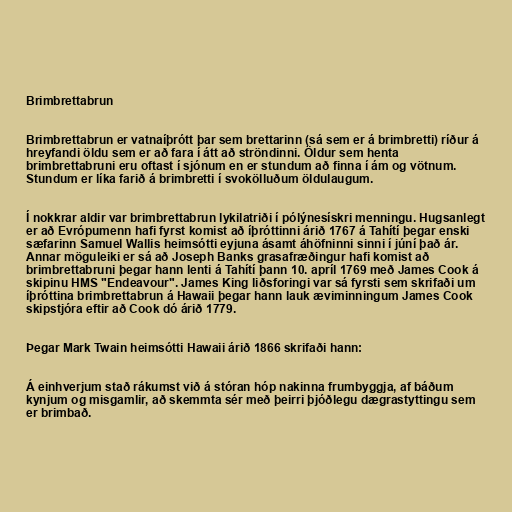
Brimbrettabrun

Brimbrettabrun er vatnaíþrótt þar sem brettarinn (sá sem er á brimbretti) ríður á
hreyfandi öldu sem er að fara í átt að ströndinni. Öldur sem henta
brimbrettabruni eru oftast í sjónum en er stundum að finna í ám og vötnum.
Stundum er líka farið á brimbretti í svokölluðum öldulaugum.

Í nokkrar aldir var brimbrettabrun lykilatriði í pólýnesískri menningu. Hugsanlegt
er að Evrópumenn hafi fyrst komist að íþróttinni árið 1767 á Tahítí þegar enski
sæfarinn Samuel Wallis heimsótti eyjuna ásamt áhöfninni sinni í júní það ár.
Annar möguleiki er sá að Joseph Banks grasafræðingur hafi komist að
brimbrettabruni þegar hann lenti á Tahítí þann 10. apríl 1769 með James Cook á
skipinu HMS "Endeavour". James King liðsforingi var sá fyrsti sem skrifaði um
íþróttina brimbrettabrun á Hawaii þegar hann lauk æviminningum James Cook
skipstjóra eftir að Cook dó árið 1779.

Þegar Mark Twain heimsótti Hawaii árið 1866 skrifaði hann:

Á einhverjum stað rákumst við á stóran hóp nakinna frumbyggja, af báðum
kynjum og misgamlir, að skemmta sér með þeirri þjóðlegu dægrastyttingu sem
er brimbað.